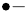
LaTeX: ^{\bullet-}